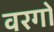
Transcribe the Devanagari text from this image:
वरगों